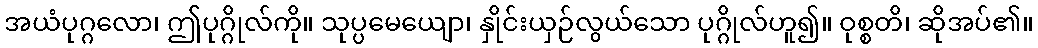
အယံပုဂ္ဂလော၊ ဤပုဂ္ဂိုလ်ကို။ သုပ္ပမေယျော၊ နှိုင်းယှဉ်လွယ်သော ပုဂ္ဂိုလ်ဟူ၍။ ဝုစ္စတိ၊ ဆိုအပ်၏။